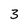
Character: 3